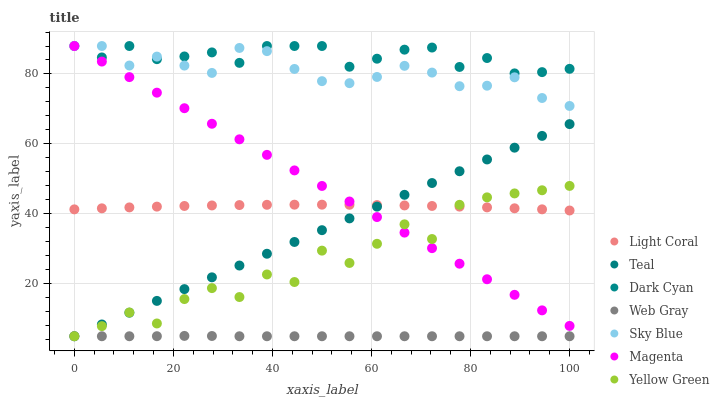
| xaxis_label | Light Coral | Teal | Dark Cyan | Web Gray | Sky Blue | Magenta | Yellow Green |
 | --- | --- | --- | --- | --- | --- | --- | --- |
 | 0 | 41.3 | 5 | 88 | 5 | 88 | 88 | 5 |
 | 5.56 | 41.6 | 8.37 | 84.7 | 5 | 88 | 83.6 | 7.89 |
 | 11.1 | 41.8 | 11.7 | 88 | 5 | 82.4 | 79.1 | 11.8 |
 | 16.7 | 42.1 | 15.1 | 84.2 | 5.02 | 85 | 74.7 | 8.66 |
 | 22.2 | 42.3 | 18.5 | 85 | 5.1 | 82.4 | 70.2 | 15.6 |
 | 27.8 | 42.4 | 21.9 | 86.2 | 5.07 | 80.3 | 65.8 | 18.8 |
 | 33.3 | 42.5 | 25.2 | 83.2 | 5 | 87.4 | 61.3 | 16.2 |
 | 38.9 | 42.6 | 28.6 | 88 | 5 | 86.5 | 56.9 | 22.7 |
 | 44.4 | 42.6 | 32 | 88 | 5 | 81.4 | 52.4 | 20.5 |
 | 50 | 42.6 | 35.3 | 88 | 5 | 78 | 48 | 29.5 |
 | 55.6 | 42.6 | 38.7 | 82.1 | 5 | 77.4 | 43.5 | 26 |
 | 61.1 | 42.5 | 42.1 | 84.4 | 5 | 79.2 | 39.1 | 31.4 |
 | 66.7 | 42.4 | 45.4 | 87 | 5 | 82.3 | 34.6 | 37 |
 | 72.2 | 42.3 | 48.8 | 87.6 | 5 | 80.4 | 30.2 | 32.8 |
 | 77.8 | 42.1 | 52.2 | 82 | 5 | 76.5 | 25.7 | 42.6 |
 | 83.3 | 41.9 | 55.6 | 84.6 | 5 | 76.7 | 21.3 | 44.7 |
 | 88.9 | 41.6 | 58.9 | 80.2 | 5 | 79.1 | 16.9 | 45.8 |
 | 94.4 | 41.3 | 62.3 | 80.5 | 5 | 73.1 | 12.4 | 46.7 |
 | 100 | 41 | 65.7 | 81.5 | 5 | 70.9 | 7.96 | 48 |